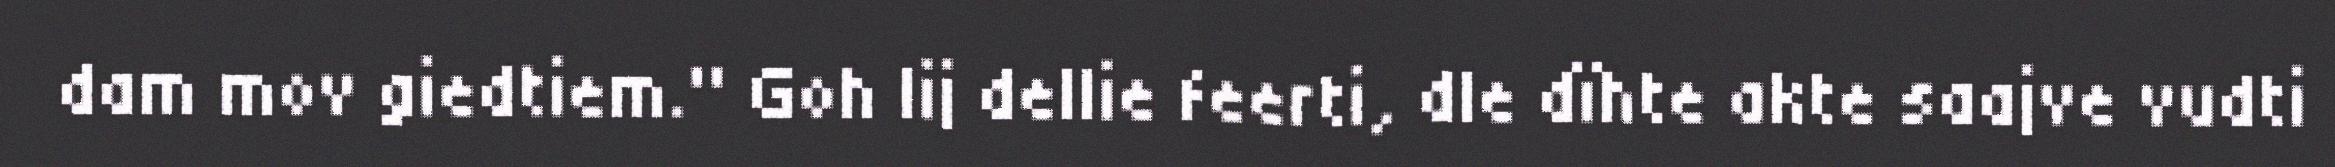
dam mov giedtiem." Goh lij dellie feerti, dle dïhte akte saajve vudti